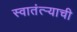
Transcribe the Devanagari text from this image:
स्वातंत्ऱ्याची